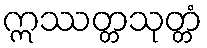
ဣဿတ္တသုတ္တံ